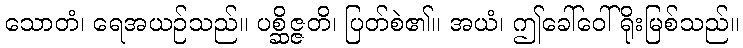
သောတံ၊ ရေအယဉ်သည်။ ပစ္ဆိဇ္ဇတိ၊ ပြတ်စဲ၏။ အယံ၊ ဤခေါ်ဝေါ်ရိုးမြစ်သည်။